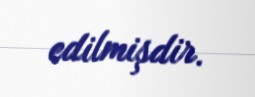
edilmişdir.